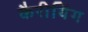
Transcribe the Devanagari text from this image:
कैरीयिंग